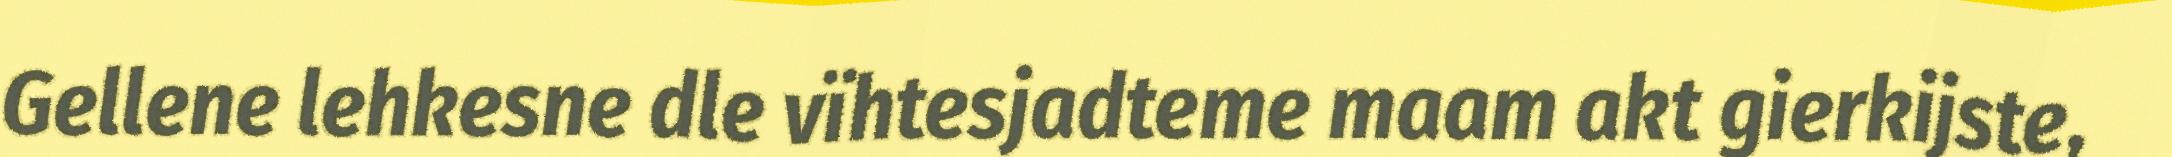
Gellene lehkesne dle vïhtesjadteme maam akt gierkijste,